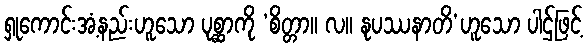
ရှုကောင်းအံ့နည်းဟူသော ပုစ္ဆာကို ‘စိတ္တာ။ လ။ နုပဿနာတိ’ဟူသော ပါဌ်ဖြင့်